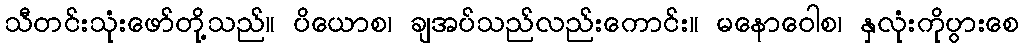
သီတင်းသုံးဖော်တို့သည်။ ပိယောစ၊ ချအပ်သည်လည်းကောင်း။ မနောဝေါစ၊ နှလုံးကိုပွားစေ